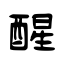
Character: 醒